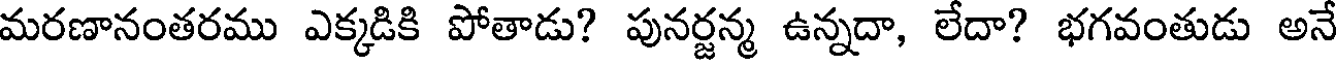
మరణానంతరము ఎక్కడికి పోతాడు? పునర్జన్మ ఉన్నదా, లేదా? భగవంతుడు అనే